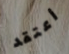
أعتقد